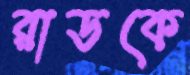
রাডকে